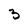
Character: 3